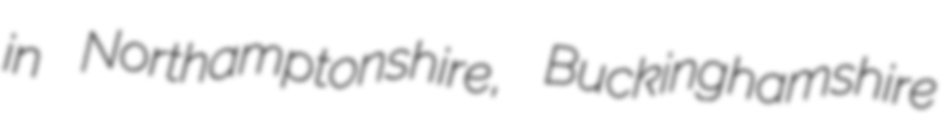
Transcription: in Northamptonshire, Buckinghamshire